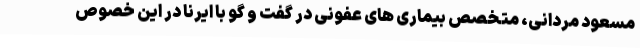
مسعود مردانی، متخصص بیماری های عفونی در گفت و گو با ایرنا در این خصوص